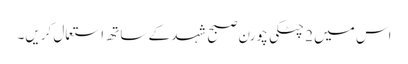
اس میں 2 چٹکی چورن صبح شہد کے ساتھ استعمال کریں۔